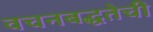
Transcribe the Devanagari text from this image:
वचनबद्धतेची